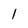
Character: 1